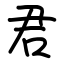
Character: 君